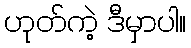
ဟုတ်ကဲ့ ဒီမှာပါ။